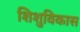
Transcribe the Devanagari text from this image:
शिशुविकास